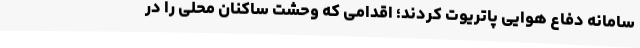
سامانه دفاع هوایی پاتریوت کردند؛ اقدامی که وحشت ساکنان محلی را در